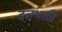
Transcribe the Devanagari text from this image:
दत्तभक्ती